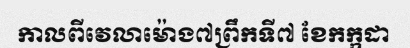
កាលពីវេលាម៉ោង៧ព្រឹកទី៧ ខែកក្កដា